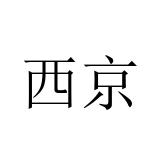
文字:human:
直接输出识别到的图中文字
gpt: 西京